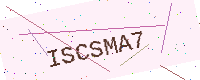
Text: ISCSMA7